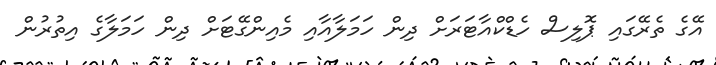
އޭގެ ތެރޭގައި ޕޮލިސް ހެޑްކްއާޓަރަށް ދިން ހަމަލާއާއި މެއިންގޭޓަށް ދިން ހަމަލާގެ އިތުރުން